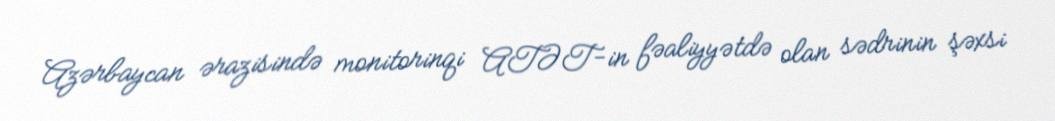
Azərbaycan ərazisində monitorinqi ATƏT-in fəaliyyətdə olan sədrinin şəxsi